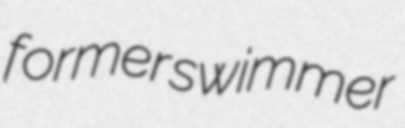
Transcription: former swimmer